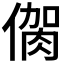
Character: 𠌳